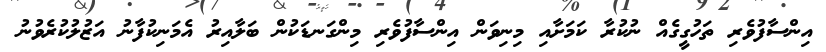
އިންސާފުވެރި ތަހުގީގެއް ނުކުރާ ކަަމަށާއި މިނިވަން އިންސާފުވެރި މިންގަނޑަކުން ބަލާއިރު އެމަނިކުފާނު އަޒުލުކުރެވުނު